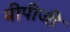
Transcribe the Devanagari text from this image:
बीपीजी